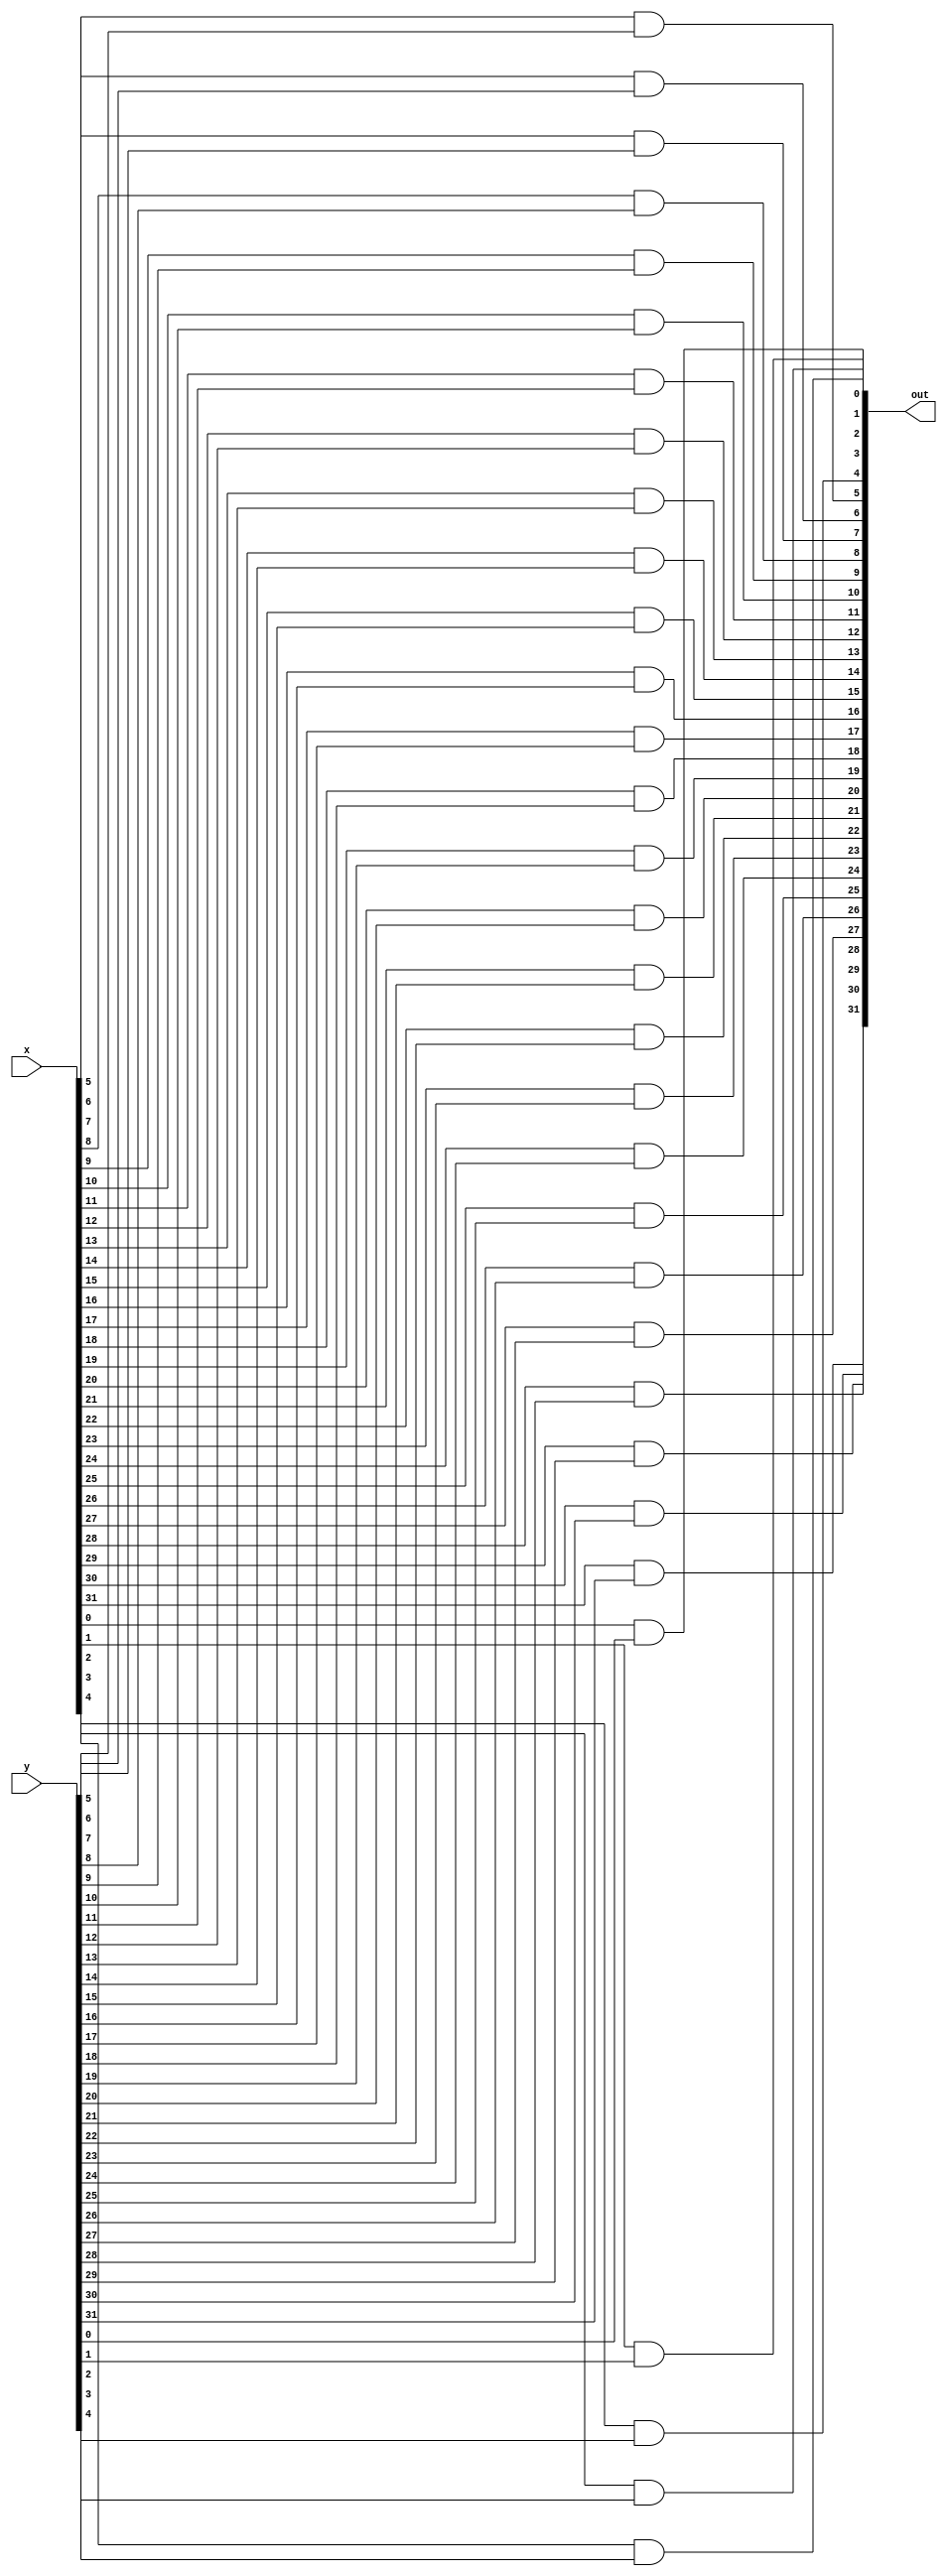
module bitwise_and(x, y, out);
    input [31:0] x, y;
    output [31:0] out;

    and bit0(out[0], x[0], y[0]);
    and bit1(out[1], x[1], y[1]);
    and bit2(out[2], x[2], y[2]);
    and bit3(out[3], x[3], y[3]);
    and bit4(out[4], x[4], y[4]);
    and bit5(out[5], x[5], y[5]);
    and bit6(out[6], x[6], y[6]);
    and bit7(out[7], x[7], y[7]);
    and bit8(out[8], x[8], y[8]);
    and bit9(out[9], x[9], y[9]);
    and bit10(out[10], x[10], y[10]);
    and bit11(out[11], x[11], y[11]);
    and bit12(out[12], x[12], y[12]);
    and bit13(out[13], x[13], y[13]);
    and bit14(out[14], x[14], y[14]);
    and bit15(out[15], x[15], y[15]);
    and bit16(out[16], x[16], y[16]);
    and bit17(out[17], x[17], y[17]);
    and bit18(out[18], x[18], y[18]);
    and bit19(out[19], x[19], y[19]);
    and bit20(out[20], x[20], y[20]);
    and bit21(out[21], x[21], y[21]);
    and bit22(out[22], x[22], y[22]);
    and bit23(out[23], x[23], y[23]);
    and bit24(out[24], x[24], y[24]);
    and bit25(out[25], x[25], y[25]);
    and bit26(out[26], x[26], y[26]);
    and bit27(out[27], x[27], y[27]);
    and bit28(out[28], x[28], y[28]);
    and bit29(out[29], x[29], y[29]);
    and bit30(out[30], x[30], y[30]);
    and bit31(out[31], x[31], y[31]);

endmodule